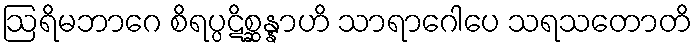
ဩရိမဘာဂေ စိရပ္ပဋိစ္ဆန္နာဟိ သာရာဂေါပေ သရသတောတိ